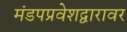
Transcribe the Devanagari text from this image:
मंडपप्रवेशद्वारावर